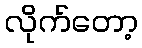
လိုက်တော့